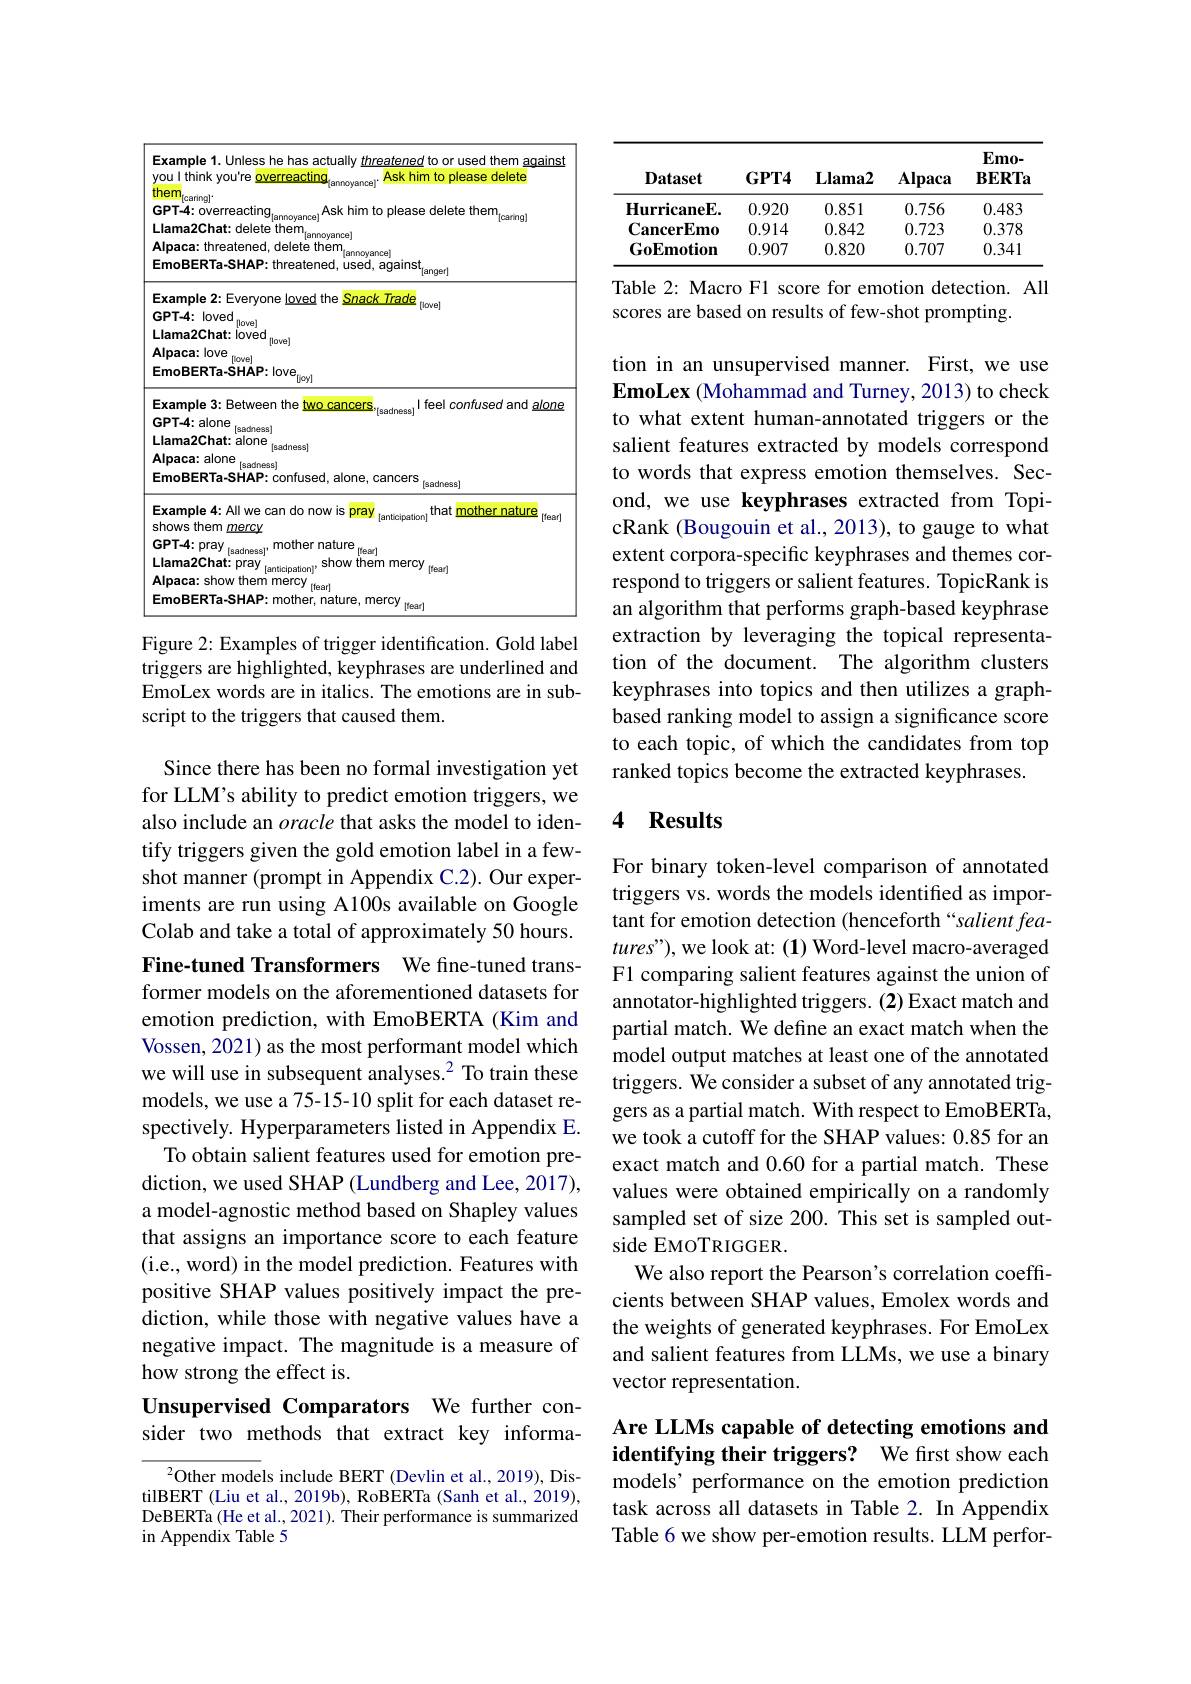
<FigureHere>

Figure 2: Examples of trigger identification. Gold label

triggers are highlighted, keyphrases are underlined and EmoLex words are in italics. The emotions are in subscript to the triggers that caused them.

Since there has been no formal investigation yet for LLM's ability to predict emotion triggers, we also include an oracle that asks the model to identify triggers given the gold emotion label in a fewshot manner (prompt in Appendix C.2). Our experiments are run using A100s available on Google Colab and take a total of approximately 50 hours. Fine-tuned Transformers We fine-tuned transformer models on the aforementioned datasets for emotion prediction, with EmoBERTA (Kim and Vossen, 2021) as the most performant model which we will use in subsequent analyses.$^2$ To train these models, we use a 75-15-10 split for each dataset respectively. Hyperparameters listed in Appendix E.
To obtain salient features used for emotion prediction, we used SHAP (Lundberg and Lee, 2017), a model-agnostic method based on Shapley values that assigns an importance score to each feature (i.e., word) in the model prediction. Features with positive SHAP values positively impact the prediction, while those with negative values have a negative impact. The magnitude is a measure of how strong the effect is.
Unsupervised Comparators We further con-

## sider two methods that extract key informa-

$^{2}$Other models include BERT (Devlin et al., 2019), DistilBERT (Liu et al., 2019b), RoBERTa (Sanh et al., 2019), DeBERTa (He et al., 2021). Their performance is summarized in Appendix Table 5

<table>
	<tbody>
		<tr>
			<th>Dataset</th>
			<th>$\mathbf{GPT4}$</th>
			<th>$\mathbf{Llama2}$</th>
			<th>Alpaca</th>
			<th>$Emo-$ $\mathbf{BERTa}$</th>
		</tr>
		<tr>
			<td>HurricaneE.</td>
			<td>0.920</td>
			<td>0.851</td>
			<td>0.756</td>
			<td>0.483</td>
		</tr>
		<tr>
			<td>$\mathbf{CancerEmo}$</td>
			<td>0.914</td>
			<td>0.842</td>
			<td>0.723</td>
			<td>0.378</td>
		</tr>
		<tr>
			<td>GoEmotion</td>
			<td>0.907</td>
			<td>0.820</td>
			<td>0.707</td>
			<td>0.341</td>
		</tr>
	</tbody>
</table>
Table 2: Macro F1 score for emotion detection. All

scores are based on results of few-shot prompting.

tion in an unsupervised manner. First, we use EmoLex (Mohammad and Turney, 2013) to check to what extent human-annotated triggers or the salient features extracted by models correspond to words that express emotion themselves. Second, we use keyphrases extracted from TopicRank (Bougouin et al., 2013), to gauge to what extent corpora-specific keyphrases and themes correspond to triggers or salient features. TopicRank is an algorithm that performs graph-based keyphrase extraction by leveraging the topical representation of the document. The algorithm clusters keyphrases into topics and then utilizes a graphbased ranking model to assign a significance score to each topic, of which the candidates from top ranked topics become the extracted keyphrases.

## 4 Results

For binary token-level comparison of annotated triggers vs. words the models identified as important for emotion detection (henceforth“salient fea- $tures")$, we look at: (1) Word-level macro-averaged F1 comparing salient features against the union of annotator-highlighted triggers. (2) Exact match and partial match. We define an exact match when the model output matches at least one of the annotated triggers. We consider a subset of any annotated triggers as a partial match. With respect to EmoBERTa, we took a cutoff for the SHAP values: 0.85 for an exact match and 0.60 for a partial match. These values were obtained empirically on a randomly sampled set of size 200. This set is sampled outside EMOTRIGGER.
We also report the Pearson's correlation coeffcients between SHAP values, Emolex words and the weights of generated keyphrases. For EmoLex and salient features from LLMs, we use a binary vector representation.

Are LLMs capable of detecting emotions and identifying their triggers? We first show each models’ performance on the emotion prediction

task across all datasets in Table 2. In Appendix Table 6 we show per-emotion results. LLM perfor-